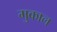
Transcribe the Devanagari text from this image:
मुकाल